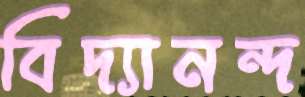
বিদ্যানন্দ